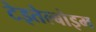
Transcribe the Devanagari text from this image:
टेइतेल्बोइम